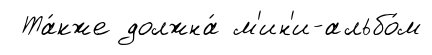
Та́кже должна́ м'ин'и-альбо́м